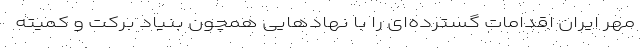
مهر ایران اقدامات گسترده‌ای را با نهادهایی همچون بنیاد برکت و کمیته